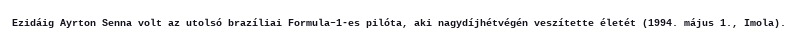
Ezidáig Ayrton Senna volt az utolsó brazíliai Formula–1-es pilóta, aki nagydíjhétvégén veszítette életét (1994. május 1., Imola).